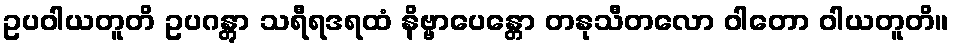
ဥပဝါယတူတိ ဥပဂန္တွာ သရီရဒရထံ နိဗ္ဗာပေန္တော တနုသီတလော ဝါတော ဝါယတူတိ။